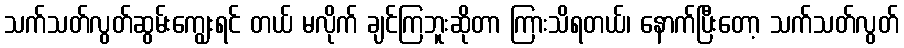
သက်သတ်လွတ်ဆွမ်းကျွေးရင် တယ် မလိုက် ချင်ကြဘူးဆိုတာ ကြားသိရတယ်၊ နောက်ပြီးတော့ သက်သတ်လွတ်